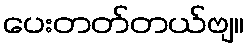
ပေးတတ်တယ်ဗျ။